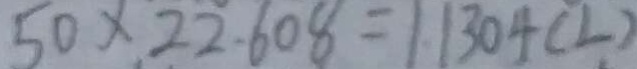
5 0 \times 2 2 . 6 0 8 = 1 . 1 3 0 4 ( L )